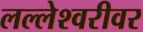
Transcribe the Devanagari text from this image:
लल्लेश्वरीवर